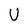
Character: U